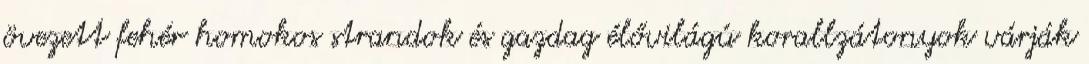
övezett fehér homokos strandok és gazdag élővilágú korallzátonyok várják